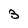
Character: 3